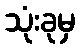
သုံးခုမှ